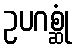
ဥပဂစ္ဆုံ